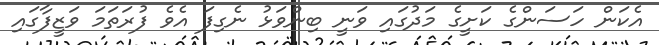
އެކަން ހަސަންގެ ކަށީގެ މަދުގައި ވަނީ ބިންވަޅު ނެގިފަ އެވެ ފުރަތަމަ ވަޒީފާގައި